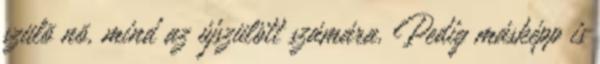
szülõ nõ, mind az újszülött számára. Pedig másképp is